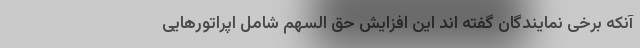
آنکه برخی نمایندگان گفته اند این افزایش حق السهم شامل اپراتورهایی